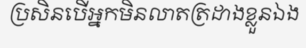
ប្រសិនបើអ្នកមិនលាតត្រដាងខ្លួនឯង